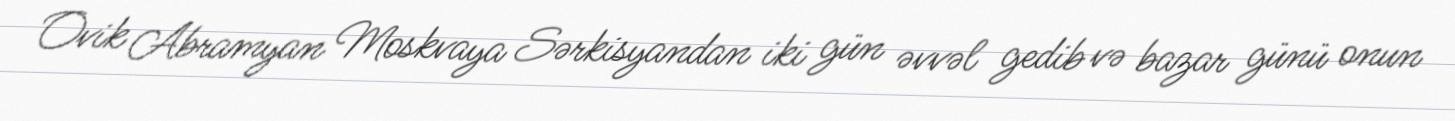
Ovik Abramyan Moskvaya Sərkisyandan iki gün əvvəl gedib və bazar günü onun